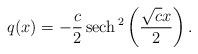
LaTeX: \begin{align*}q(x)=-\frac{c}{2}\operatorname*{sech}{}^{2}\left( \frac{\sqrt{c}x}{2}\right). \end{align*}